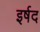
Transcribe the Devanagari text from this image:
इर्षद